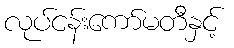
လုပ်ငန်းကော်မတီနှင့်